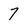
Character: 7